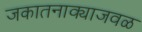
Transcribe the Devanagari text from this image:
जकातनाक्याजवळ